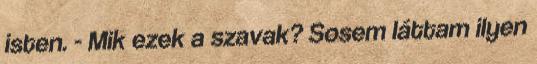
isten. - Mik ezek a szavak? Sosem láttam ilyen